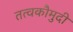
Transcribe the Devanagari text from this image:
तत्‍वकौमुदी